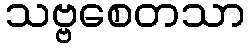
သဗ္ဗစေတသာ